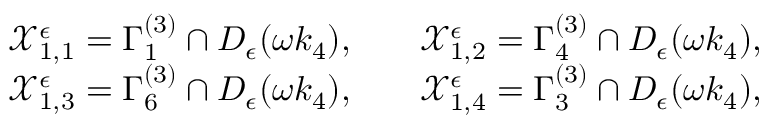
\begin{array} { r l r l } & { \mathcal { X } _ { 1 , 1 } ^ { \epsilon } = \Gamma _ { 1 } ^ { ( 3 ) } \cap D _ { \epsilon } ( \omega k _ { 4 } ) , } & & { \mathcal { X } _ { 1 , 2 } ^ { \epsilon } = \Gamma _ { 4 } ^ { ( 3 ) } \cap D _ { \epsilon } ( \omega k _ { 4 } ) , } \\ & { \mathcal { X } _ { 1 , 3 } ^ { \epsilon } = \Gamma _ { 6 } ^ { ( 3 ) } \cap D _ { \epsilon } ( \omega k _ { 4 } ) , } & & { \mathcal { X } _ { 1 , 4 } ^ { \epsilon } = \Gamma _ { 3 } ^ { ( 3 ) } \cap D _ { \epsilon } ( \omega k _ { 4 } ) , } \end{array}